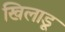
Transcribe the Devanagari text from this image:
खिलाडू